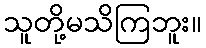
သူတို့မသိကြဘူး။